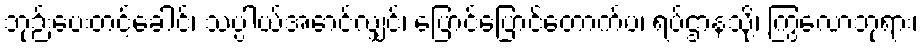
ဘုဉ်းပေးတင့်ခေါင်၊ သပ္ပါယ်အောင်လျှင်၊ ပြောင်ပြောင်တောက်ပ၊ ရပ်ဌာနသို့၊ ကြွလောဘုရား၊